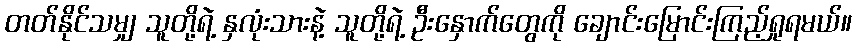
တတ်နိုင်သမျှ သူတို့ရဲ့ နှလုံးသားနဲ့ သူတို့ရဲ့ ဦးနှောက်တွေကို ချောင်းမြောင်းကြည့်ရှုရမယ်။